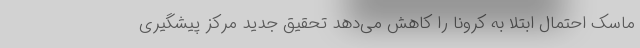
ماسک احتمال ابتلا به کرونا را کاهش می‌دهد تحقیق جدید مرکز پیشگیری